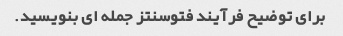
برای توضیح فرآیند فتوسنتز جمله ای بنویسید.